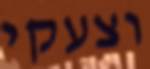
וצעקי